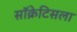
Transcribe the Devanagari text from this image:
सॉक्रेटिसला